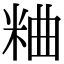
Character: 粬